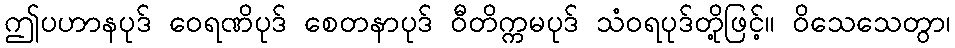
ဤပဟာနပုဒ် ဝေရဏိပုဒ် စေတနာပုဒ် ဝီတိက္ကမပုဒ် သံဝရပုဒ်တို့ဖြင့်။ ဝိသေသေတွာ၊